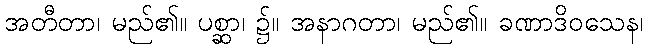
အတီတာ၊ မည်၏။ ပစ္ဆာ၊ ၌။ အနာဂတာ၊ မည်၏။ ခဏာဒိဝသေန၊